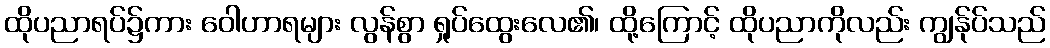
ထိုပညာရပ်၌ကား ဝေါဟာရများ လွန်စွာ ရှုပ်ထွေးလေ၏၊ ထို့ကြောင့် ထိုပညာကိုလည်း ကျွန်ုပ်သည်